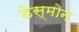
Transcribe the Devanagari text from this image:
डेस्मोन